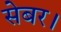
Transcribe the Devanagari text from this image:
सेबर।